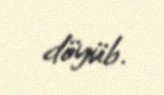
döyüb.